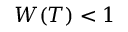
W ( T ) < 1